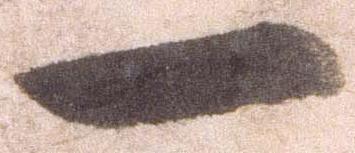
一